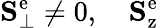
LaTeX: \mathbf{S}_{\perp}^{\mathrm{e}}\neq 0,\quad\mathbf{S}_{\mathrm{z}}^{\mathrm{e}}